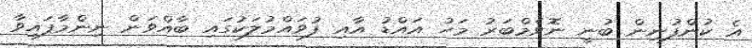
އެ ކުންފުނިން ބުނީ ނޮވެމްބަރު މަހު އައްޑު އާއި ފުވައްމުލަކުގައި ބާއްވަން ނިންމާފައިވާ